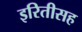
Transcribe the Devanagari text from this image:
इरितीसह